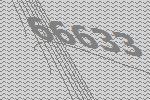
66633